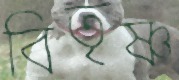
বিতৃষ্ণ